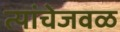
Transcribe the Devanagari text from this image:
त्यांचेजवळ